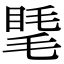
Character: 𥇾